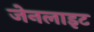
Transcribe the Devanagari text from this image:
जेनलाइट